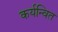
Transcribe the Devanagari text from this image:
कर्यन्वित